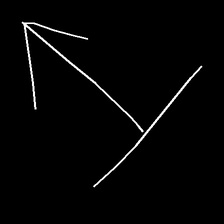
Glyph: levitation